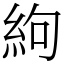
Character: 絇